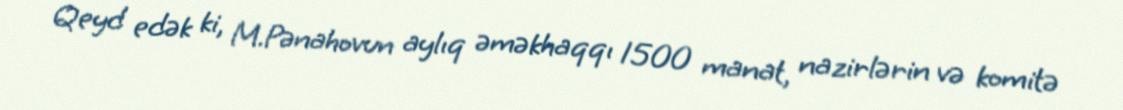
Qeyd edək ki, M.Pənahovun aylıq əməkhaqqı 1500 manat, nazirlərin və komitə